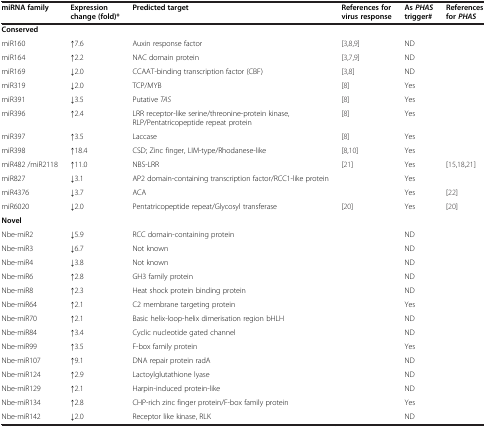
| miRNA family | Expression change (fold)* | Predicted target | References for virus response | As PHAS trigger# | References for PHAS |
 | --- | --- | --- | --- | --- | --- |
 | Conserved |  |  |  |  |  |
 | miR160 | ↑7.6 | Auxin response factor | [3,8,9] | ND |  |
 | miR164 | ↑2.2 | NAC domain protein | [3,7,9] | ND |  |
 | miR169 | ↓2.0 | CCAAT-binding transcription factor (CBF) | [3,8] | ND |  |
 | miR319 | ↓2.0 | TCP/MYB | [8] | Yes |  |
 | miR391 | ↓3.5 | Putative TAS | [8] | Yes |  |
 | miR396 | ↑2.4 | LRR receptor-like serine/threonine-protein kinase, RLP/Pentatricopeptide repeat protein | [8] | Yes |  |
 | miR397 | ↑3.5 | Laccase | [8] | Yes |  |
 | miR398 | ↑18.4 | CSD; Zinc finger, LIM-type/Rhodanese-like | [8,10] | Yes |  |
 | miR482 /miR2118 | ↑11.0 | NBS-LRR | [21] | Yes | [15,18,21] |
 | miR827 | ↓3.1 | AP2 domain-containing transcription factor/RCC1-like protein |  | Yes |  |
 | miR4376 | ↓3.7 | ACA |  | Yes | [22] |
 | miR6020 | ↓2.0 | Pentatricopeptide repeat/Glycosyl transferase | [20] | Yes | [20] |
 | Novel |  |  |  |  |  |
 | Nbe-miR2 | ↓5.9 | RCC domain-containing protein |  | ND |  |
 | Nbe-miR3 | ↓6.7 | Not known |  | ND |  |
 | Nbe-miR4 | ↓3.8 | Not known |  | ND |  |
 | Nbe-miR6 | ↑2.8 | GH3 family protein |  | ND |  |
 | Nbe-miR8 | ↑2.3 | Heat shock protein binding protein |  | ND |  |
 | Nbe-miR64 | ↑2.1 | C2 membrane targeting protein |  | Yes |  |
 | Nbe-miR70 | ↑2.1 | Basic helix-loop-helix dimerisation region bHLH |  | ND |  |
 | Nbe-miR84 | ↑3.4 | Cyclic nucleotide gated channel |  | ND |  |
 | Nbe-miR99 | ↑3.5 | F-box family protein |  | Yes |  |
 | Nbe-miR107 | ↑9.1 | DNA repair protein radA |  | ND |  |
 | Nbe-miR124 | ↑2.9 | Lactoylglutathione lyase |  | ND |  |
 | Nbe-miR129 | ↑2.1 | Harpin-induced protein-like |  | ND |  |
 | Nbe-miR134 | ↑2.8 | CHP-rich zinc finger protein/F-box family protein |  | Yes |  |
 | Nbe-miR142 | ↓2.0 | Receptor like kinase, RLK |  | ND |  |